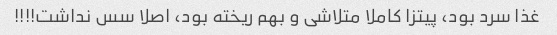
غذا سرد بود، پیتزا کاملا متلاشی و بهم ریخته بود، اصلا سس نداشت!!!!